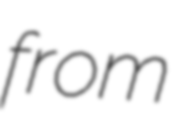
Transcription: from